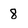
Character: 8